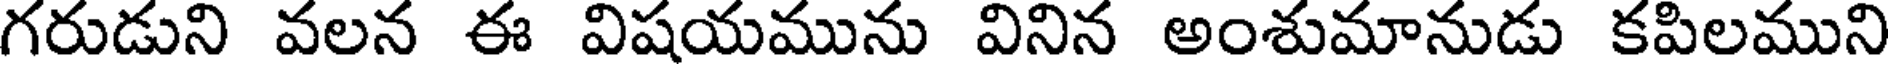
గరుడుని వలన ఈ విషయమును వినిన అంశుమానుడు కపిలముని